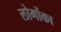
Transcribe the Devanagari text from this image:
लोगोंका